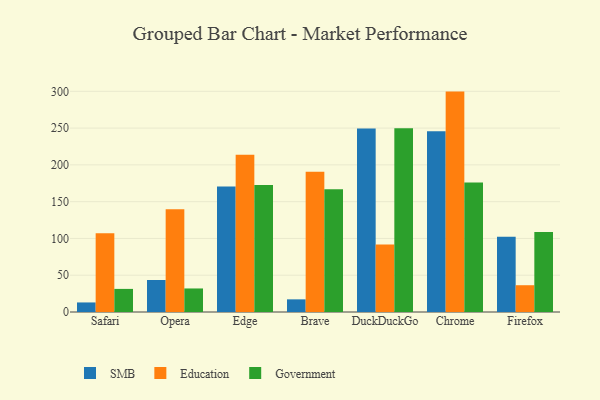
{"axis": {"x": "Browser", "y": "Market Share (%)"}, "legend": ["Education", "Government", "SMB"], "data": [{"x": "Safari", "y": 13.0, "type": "SMB"}, {"x": "Safari", "y": 107.2, "type": "Education"}, {"x": "Safari", "y": 31.4, "type": "Government"}, {"x": "Opera", "y": 43.5, "type": "SMB"}, {"x": "Opera", "y": 139.7, "type": "Education"}, {"x": "Opera", "y": 32.0, "type": "Government"}, {"x": "Edge", "y": 170.5, "type": "SMB"}, {"x": "Edge", "y": 213.6, "type": "Education"}, {"x": "Edge", "y": 172.6, "type": "Government"}, {"x": "Brave", "y": 17.2, "type": "SMB"}, {"x": "Brave", "y": 190.6, "type": "Education"}, {"x": "Brave", "y": 166.8, "type": "Government"}, {"x": "DuckDuckGo", "y": 249.4, "type": "SMB"}, {"x": "DuckDuckGo", "y": 91.7, "type": "Education"}, {"x": "DuckDuckGo", "y": 249.8, "type": "Government"}, {"x": "Chrome", "y": 245.7, "type": "SMB"}, {"x": "Chrome", "y": 299.6, "type": "Education"}, {"x": "Chrome", "y": 176.1, "type": "Government"}, {"x": "Firefox", "y": 102.2, "type": "SMB"}, {"x": "Firefox", "y": 36.4, "type": "Education"}, {"x": "Firefox", "y": 108.9, "type": "Government"}]}